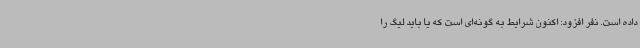
داده است. نفر افزود: اکنون شرایط به گونه‌ای است که یا باید لیگ را